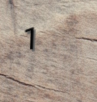
1